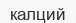
калций